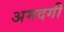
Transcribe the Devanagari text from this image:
अमदगी